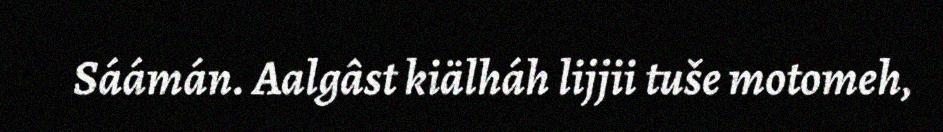
Sáámán. Aalgâst kiälháh lijjii tuše motomeh,